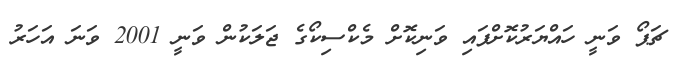
ޗަޕޯ ވަނީ ހައްޔަރުކޮށްފައި ވަނިކޮށް މެކްސިކޯގެ ޖަލަކުން ވަނީ 2001 ވަނަ އަހަރު